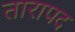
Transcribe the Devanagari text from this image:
तारापद